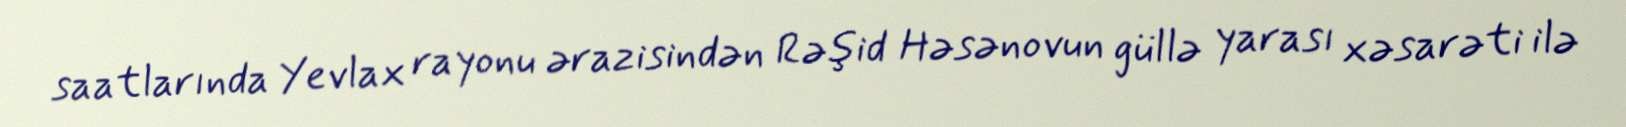
saatlarında Yevlax rayonu ərazisindən Rəşid Həsənovun güllə yarası xəsarəti ilə